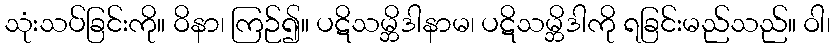
သုံးသပ်ခြင်းကို။ ဝိနာ၊ ကြဉ်၍။ ပဋိသမ္ဘိဒါနာမ၊ ပဋိသမ္ဘိဒါကို ရခြင်းမည်သည်။ ဝါ၊